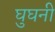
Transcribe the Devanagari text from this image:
घुघनी